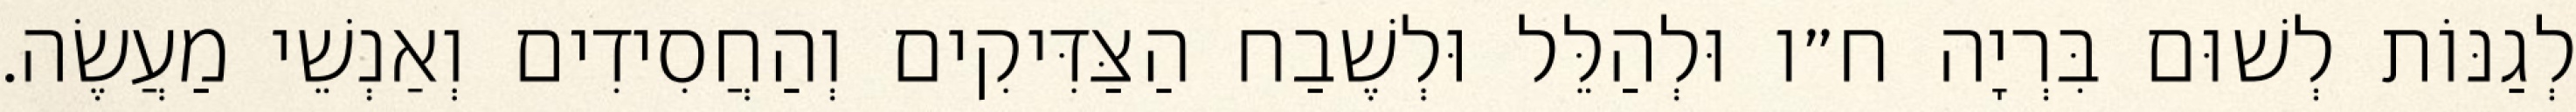
לְגַנּוֹת לְשׁוּם בִּרְיָה ח״ו וּלְהַלֵּל וּלְשֶׁבַח הַצַּדִּיקִים וְהַחֲסִידִים וְאַנְשֵׁי מַעֲשֶׂה.